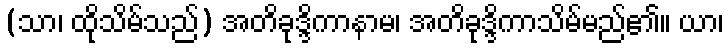
(သာ၊ ထိုသိမ်သည်) အတိခုဒ္ဒိကာနာမ၊ အတိခုဒ္ဒိကာသိမ်မည်၏။ ယာ၊